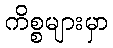
ကိစ္စများမှာ